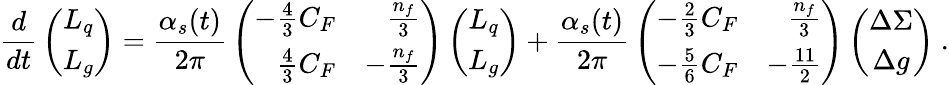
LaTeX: {\frac{d}{dt}}\left(\begin{array}{c}{{L_{q}}}\\ {{L_{g}}}\end{array}\right)={\frac{\alpha_{s}(t)}{2\pi}}\left(\begin{array}{rr}{{-{\frac{4}{3}}C_{F}}}&{{{\frac{n_{f}}{3}}}}\\ {{{\frac{4}{3}}C_{F}}}&{{-{\frac{n_{f}}{3}}}}\end{array}\right)\left(\begin{array}{c}{{L_{q}}}\\ {{L_{g}}}\end{array}\right)+{\frac{\alpha_{s}(t)}{2\pi}}\left(\begin{array}{rr}{{-{\frac{2}{3}}C_{F}}}&{{{\frac{n_{f}}{3}}}}\\ {{-{\frac{5}{6}}C_{F}}}&{{-{\frac{11}{2}}}}\end{array}\right)\left(\begin{array}{c}{{\Delta\Sigma}}\\ {{\Delta g}}\end{array}\right)\ .